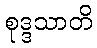
စုဒ္ဒသာတိ